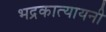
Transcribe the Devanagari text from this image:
भद्रकात्यायनी